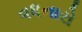
વધનારો